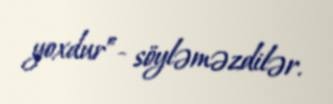
yoxdur”- söyləməzdilər.